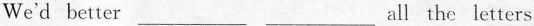
We'd better ___ ___ all the letters